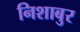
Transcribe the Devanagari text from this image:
निशाबुर